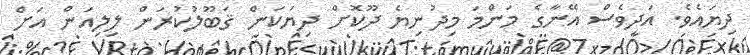
ދިޔައެވެ. އަދިވެސް އޭނާގެ މަންމަ މިދުނިޔެ ދޫކޮށް ދިޔަކަން ޤަބޫލުކުރަން ލިލިއަން އަށް